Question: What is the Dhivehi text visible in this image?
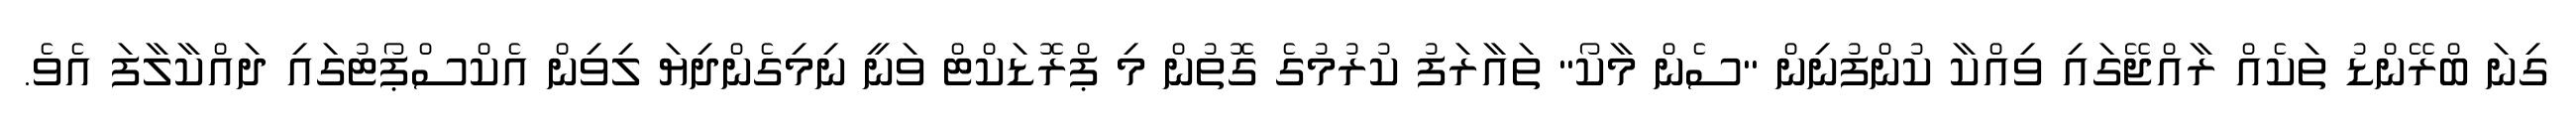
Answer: ގިނަ ބްރޭންޑު ތަކެއް ރާއްޖޭގައި ވިއްކާ ކުންފުނިން "ސެން މާކޯ" ތައާރަފު ކުރުމުގެ ގޮތުން މި ޕްރޮޑަކްޓް ވަނީ ނިމިގެންދިޔަ ލިވިން އެކްސްޕޯޓުގައި ދައްކާލާފަ އެވެ.